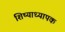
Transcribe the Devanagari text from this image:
शिष्याध्यापक